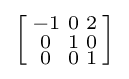
\left[{\begin{smallmatrix}-1&0&2\\0&1&0\\0&0&1\\\end{smallmatrix}}\right]